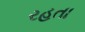
રહતા